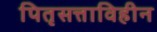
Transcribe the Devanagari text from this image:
पितृसत्ताविहीन